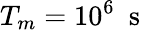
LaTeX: T_{m}=10^{6}~\mathrm{~s~}